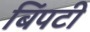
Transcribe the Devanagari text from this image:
बिंपटी